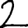
Digit: 2